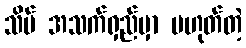
သိပ် အသက်ရှည်မှာ မဟုတ်တဲ့